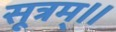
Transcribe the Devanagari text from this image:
सूत्रम्॥